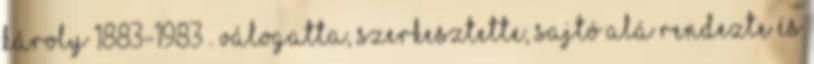
Károly 1883-1983 . Válogatta, szerkesztette, sajtó alá rendezte és